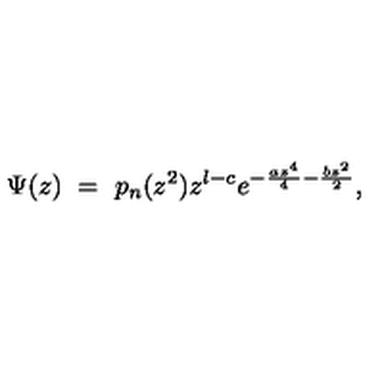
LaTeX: \Psi ( z ) \ = \ p _ { n } ( z ^ { 2 } ) z ^ { l - c } e ^ { - { \frac { a z ^ { 4 } } { 4 } } - { \frac { b z ^ { 2 } } { 2 } } } ,